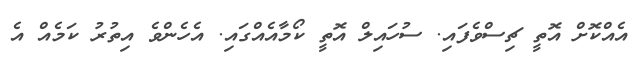
އެއްކޮށް އޮތީ ޗިސްވެފައި. ސުހައިލް އޮތީ ކޯމާއެއްގައި. އެހެންވެ އިތުރު ކަމެއް އެ